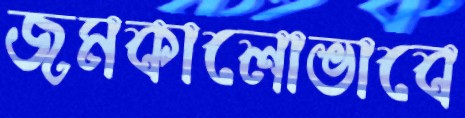
জমকালোভাবে